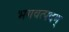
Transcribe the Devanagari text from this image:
भगवत्पदम्